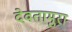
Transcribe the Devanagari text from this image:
देवतामुरा